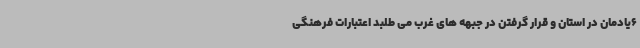
6یادمان در استان و قرار گرفتن در جبهه های غرب می طلبد اعتبارات فرهنگی